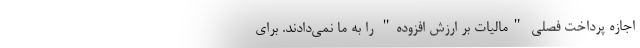
اجازه پرداخت فصلی "مالیات بر ارزش افزوده" را به ما نمی‌دادند. برای